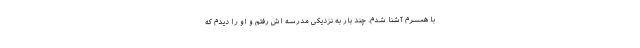
با همسرم آشنا شدم. چند بار به نزدیکی مدرسه اش رفتم و او را دیدم که